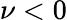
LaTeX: \nu<0